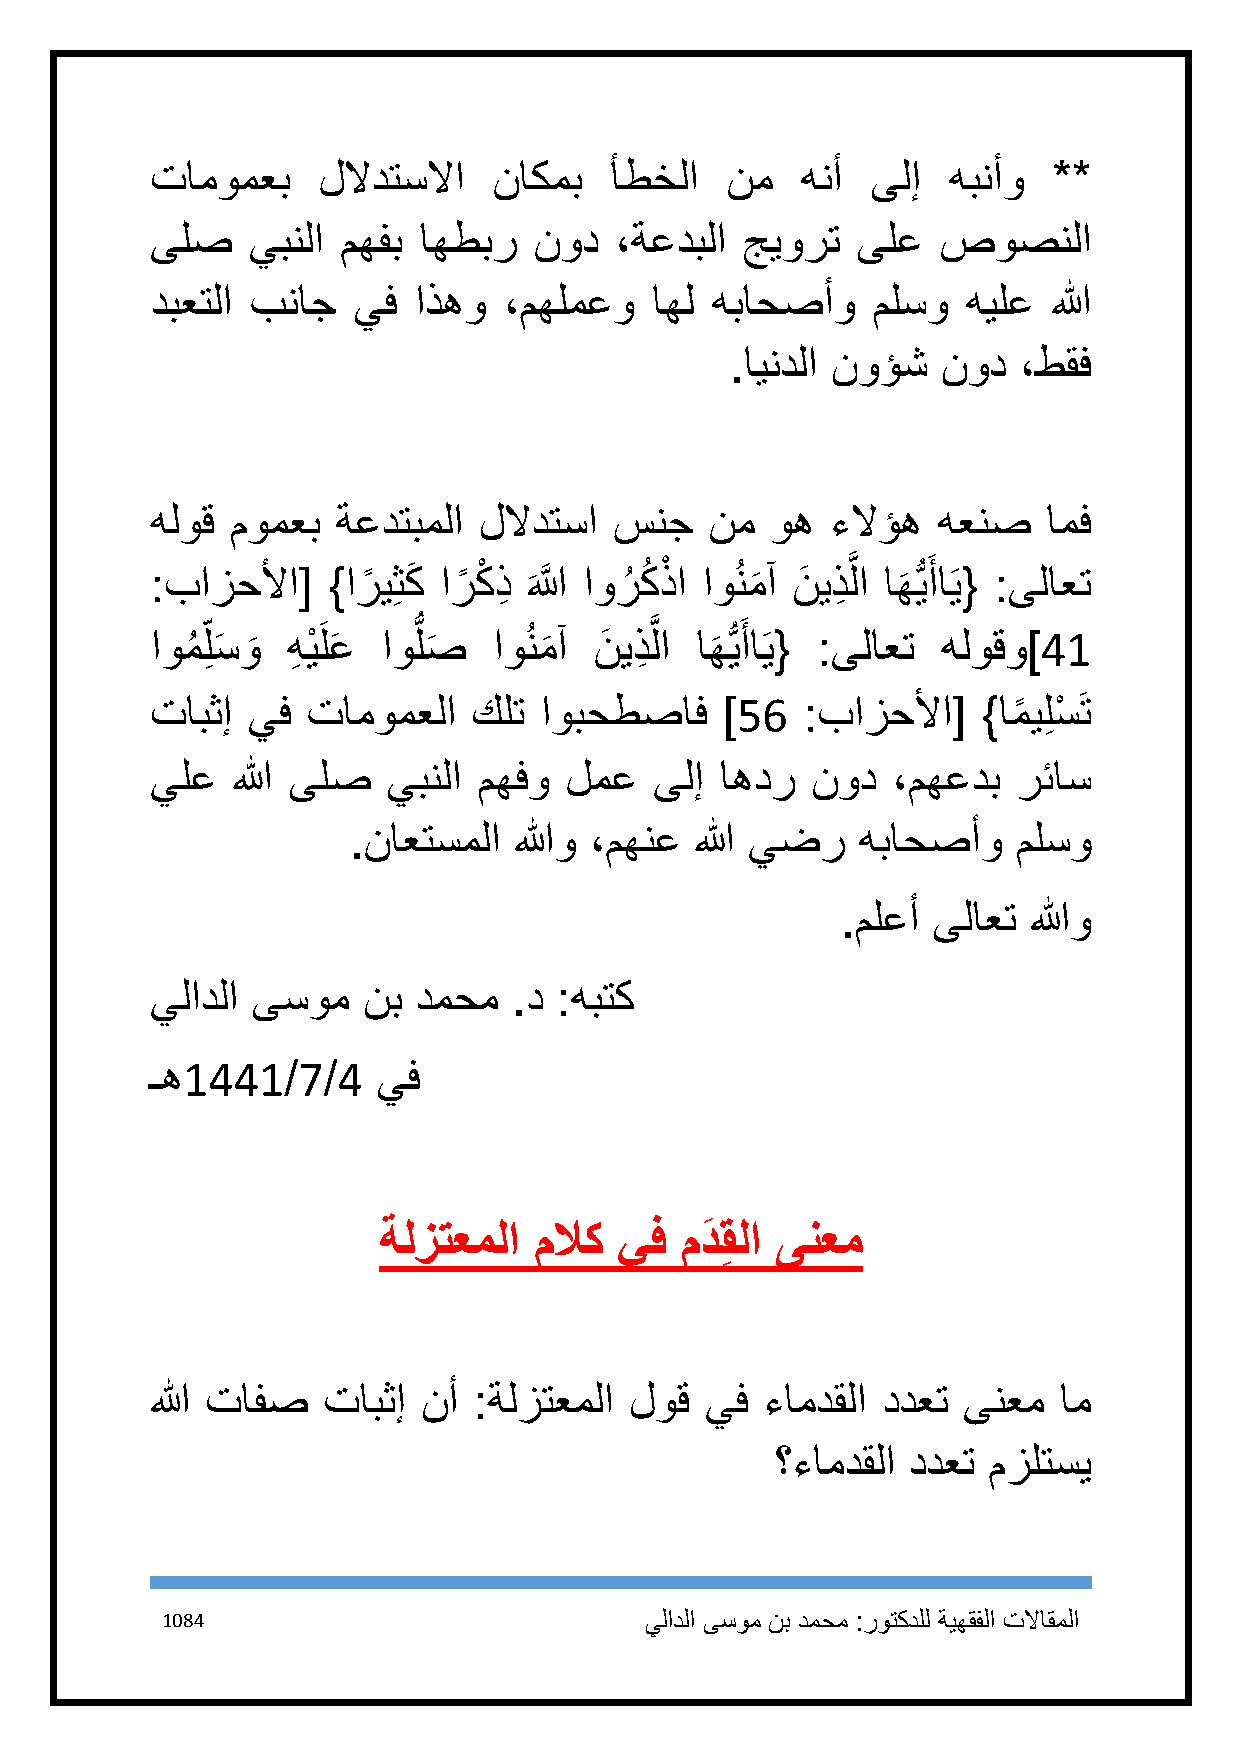
تامومعب    للادتسلاا   ناكمب  أطخلا   نم   هنأ  ىلإ  هبنأو  **
 ىلص   يبنلا  مهفب اهطبر  نود   ،ةعدبلا جيورت   ىلع  صوصنلا
 دبعتلا بناج  يف  اذهو  ،مهلمعو   اهل هباحصأو    ملسو  هيلع  الله
 .ايندلا نوؤش  نود  ،طقف
 هلوق مومعب  ةعدتبملا  للادتسا  سنج   نم  وه  ءلاؤه  هعنص   امف
 :بازحلأا[   }ارً يِثكَ ارً كْ ذِ َاللََّّ اورُ كُ ذْ ا اوُنم
 َ
 آ نَ يذِ َّ لا اه
 َ
 ُّيَ أاَي{ :ىلاعت
 اومُ لِ سَ و
 َ
 هِ يْ َلعَ اوُّ لص
 َ
 اوُنم
 َ
 آ نَ يذِ َّ لا ا ه
 َ
 ُّيَ أاَي{ :ىلاعت هلوقو]41
 تابثإ يف  تامومعلا   كلت  اوبحطصاف    ]56  :بازحلأا[   }امً يلِ سْ َت
 يلع  الله ىلص   يبنلا مهفو لمع   ىلإ  اهدر  نود  ،مهعدب  رئاس
 .ناعتسملا  اللهو ،مهنع الله يضر   هباحصأو   ملسو
 .ملعأ ىلاعت اللهو
 يلادلا ىسوم   نب دمحم   .د :هبتك
 ـه1441/7/4     يف
 ةلزتعملا  ملاك  يف  مدَ قِ لا ىنعم
 الله تافص  تابثإ  نأ :ةلزتعملا  لوق  يف  ءامدقلا ددعت ىنعم  ام
 ؟ءامدقلا ددعت مزلتسي
 1184                            يلادلا ىسوم نب دمحم :روتكدلل ةيهقفلا تلااقملا